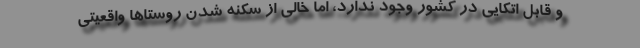
و قابل اتکایی در کشور وجود ندارد، اما خالی از سکنه شدن روستاها واقعیتی